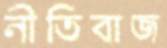
নীতিবাজ